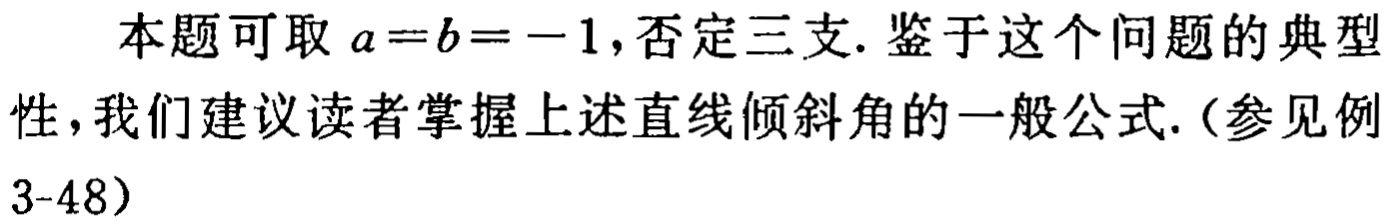
本题可取 \(a = b = -1\),否定三支. 鉴于这个问题的典型性，我们建议读者掌握上述直线倾斜角的一般公式.（参见例3-48）